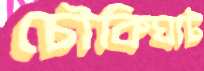
চৌকিঘাট